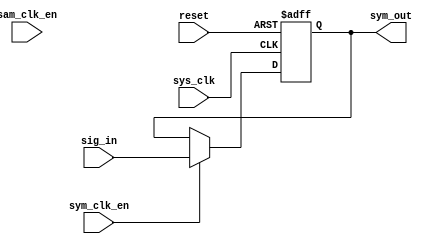
module downsampler(
    input sym_clk_en, sam_clk_en, sys_clk, reset,
    input wire signed [17:0] sig_in,
    output reg signed [17:0] sym_out

);

always @ (posedge sys_clk or posedge reset)
    if(reset)
        sym_out = 18'sd0;
    else if(sym_clk_en)
        sym_out = sig_in;
    else
        sym_out = sym_out;




endmodule